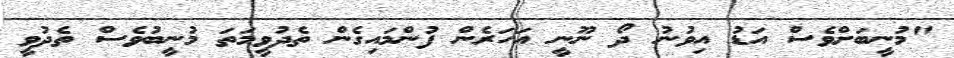
"މުނީބަށްވެސް އަޑު އިވުނު ދޯ ނޫނީ އަހަރެން ފުންމައިގެން ތެދުވީމަތަ މުނީބުވެސް ތެދުވީ